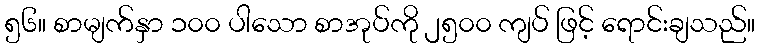
၅၆။ စာမျက်နှာ ၁၀၀ ပါသော စာအုပ်ကို ၂၅၀၀ ကျပ် ဖြင့် ရောင်းချသည်။